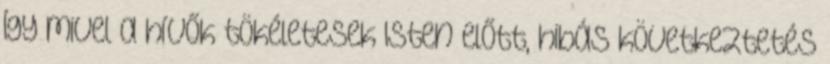
Így mivel a hívők tökéletesek Isten előtt, hibás következtetés